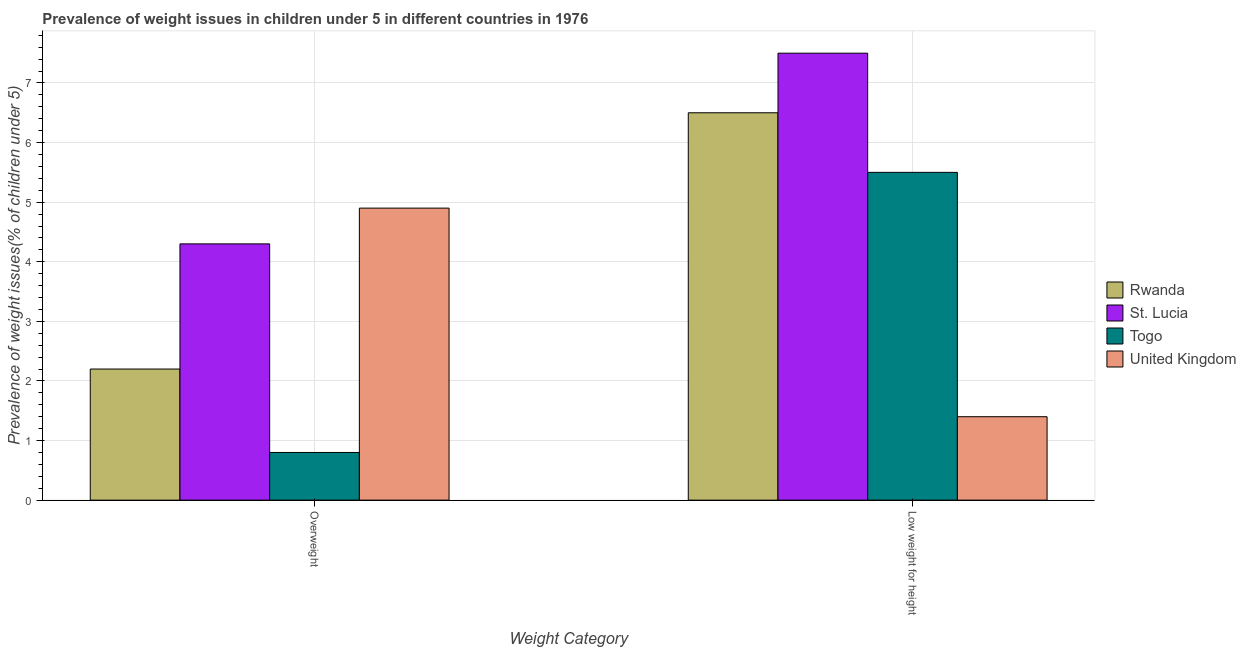
| Weight Category | Rwanda | St. Lucia | Togo | United Kingdom |
 | --- | --- | --- | --- | --- |
 | Overweight | 2.2 | 4.3 | 0.8 | 4.9 |
 | Low weight for height | 6.5 | 7.5 | 5.5 | 1.4 |